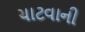
ચાટવાની